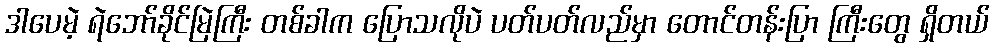
ဒါပေမဲ့ ရဲဘော်ခိုင်မြဲကြီး တစ်ခါက ပြောသလိုပဲ ပတ်ပတ်လည်မှာ တောင်တန်းပြာ ကြီးတွေ ရှိတယ်